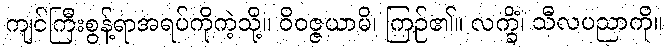
ကျင်ကြီးစွန့်ရာအရပ်ကိုကဲ့သို့။ ဝိဝဇ္ဇယာမိ၊ ကြဉ်၏။ လက္ခိံ၊ သီလပညာကို။